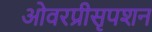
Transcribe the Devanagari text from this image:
ओवरप्रीसृपशन